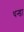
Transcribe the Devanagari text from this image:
थन्डा